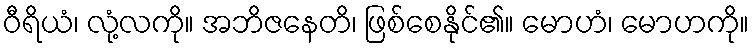
ဝီရိယံ၊ လုံ့လကို။ အဘိဇနေတိ၊ ဖြစ်စေနိုင်၏။ မောဟံ၊ မောဟကို။